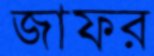
জাফর